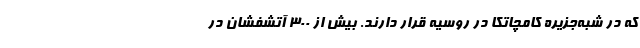
که در شبه‌جزیره کامچاتکا در روسیه قرار دارند. بیش از ۳۰۰ آتشفشان در